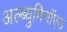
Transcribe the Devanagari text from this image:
अल्ब्युमिनॉएड